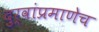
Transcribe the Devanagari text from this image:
दुर्वांप्रमाणेच